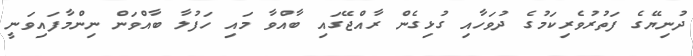
ދުނިޔޭގެ ފަތުރުވެރިކަމުގެ ދުވަހާއި ގުޅިގެން ރާއްޖޭގައި ބާއްވާ މައި ހަފުލާ ބާއްވަން ނިންމާފައިވަނީ